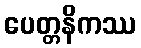
ပေတ္တနိကဿ